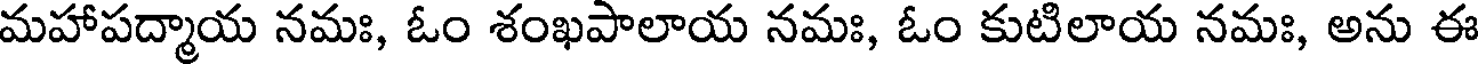
మహాపద్మాయ నమః, ఓం శంఖపాలాయ నమః, ఓం కుటిలాయ నమః, అను ఈ